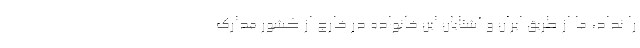
را نداد، ما از طریق ایران و آشنایان این خانواده در خارج از کشور مدارک